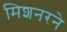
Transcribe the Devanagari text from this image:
मिशनरने